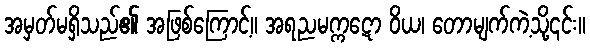
အမှတ်မရှိသည်၏ အဖြစ်ကြောင့်။ အရညမက္ကဋော ဝိယ၊ တောမျက်ကဲ့သို့၎င်း။